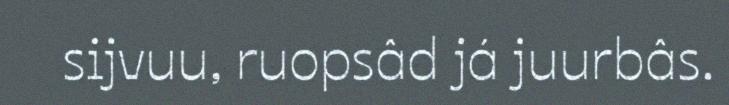
sijvuu, ruopsâd já juurbâs.